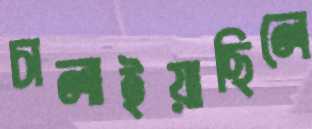
চালাইয়াছিলে